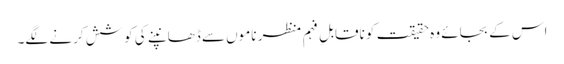
اس کے بجائے وہ حقیقت کو ناقابلِ فہم منظر ناموں سے ڈھانپنے کی کوشش کرنے لگے۔